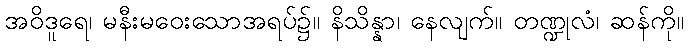
အဝိဒူရေ၊ မနီးမဝေးသောအရပ်၌။ နိသိန္နာ၊ နေလျက်။ တဏ္ဍုလံ၊ ဆန်ကို။